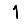
Digit: 1